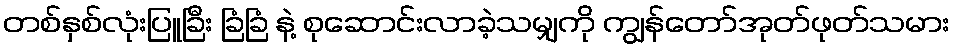
တစ်နှစ်လုံးပြူခြီး ခြံခြံ နဲ့ စုဆောင်းလာခဲ့သမျှကို ကျွန်တော်အုတ်ဖုတ်သမား